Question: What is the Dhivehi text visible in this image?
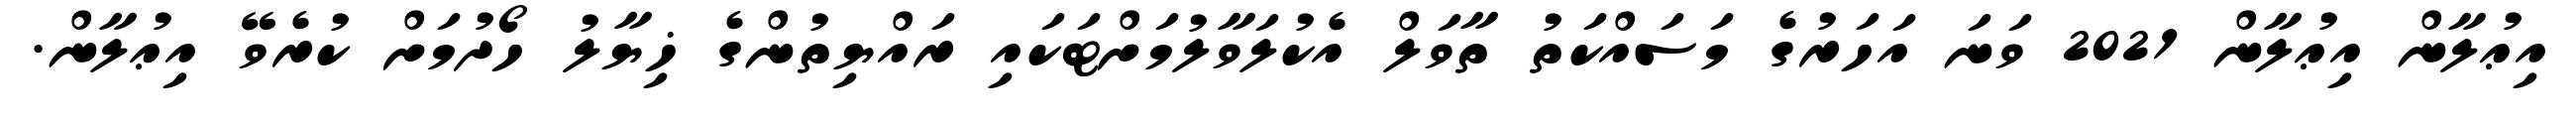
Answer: އިޢުލާން އިޢުލާން 2021 ވަނަ އަހަރުގެ މަސައްކަތު ތާވަލް އެކުލަވާލުމަށްޓަކައި ރައްޔިތުންގެ ޚިޔާލު ހޯދުމަށް ކުރެވޭ އިޢުލާން.